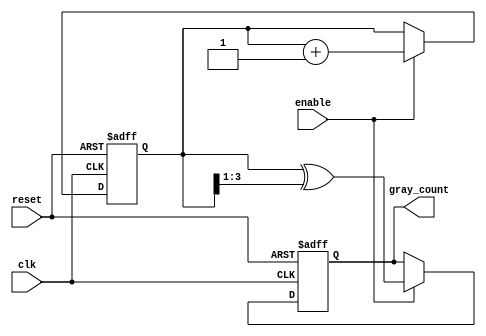
module gray_code_counter (
    input wire clk,            // Clock signal
    input wire reset,          // Asynchronous reset
    input wire enable,         // Enable signal
    output reg [N-1:0] gray_count // Gray code output
);
    parameter N = 4; // Number of bits for the counter

    reg [N-1:0] bin_count; // Binary counter

    // Binary to Gray code conversion
    function [N-1:0] bin_to_gray;
        input [N-1:0] bin;
        begin
            bin_to_gray = bin ^ (bin >> 1);
        end
    endfunction

    always @(posedge clk or posedge reset) begin
        if (reset) begin
            bin_count <= 0; // Reset binary counter
            gray_count <= 0; // Reset Gray code output
        end else if (enable) begin
            bin_count <= bin_count + 1; // Increment binary counter
            gray_count <= bin_to_gray(bin_count); // Convert to Gray code
        end
    end

endmodule